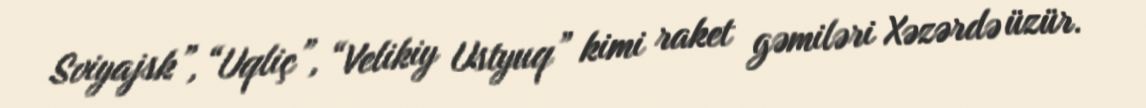
Sviyajsk”, “Uqliç”, “Velikiy Ustyuq” kimi raket gəmiləri Xəzərdə üzür.